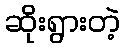
ဆိုးရွားတဲ့